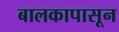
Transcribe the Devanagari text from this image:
बालकापासून